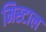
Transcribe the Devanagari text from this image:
मिस्टाल